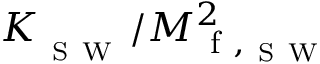
K _ { _ { \mathrm { ~ S ~ W ~ } } } / M _ { \mathrm { ~ f ~ } , _ { \mathrm { ~ S ~ W ~ } } } ^ { 2 }